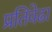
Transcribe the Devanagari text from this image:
प्रतिवेढा